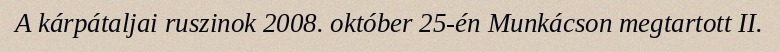
A kárpátaljai ruszinok 2008. október 25-én Munkácson megtartott II.